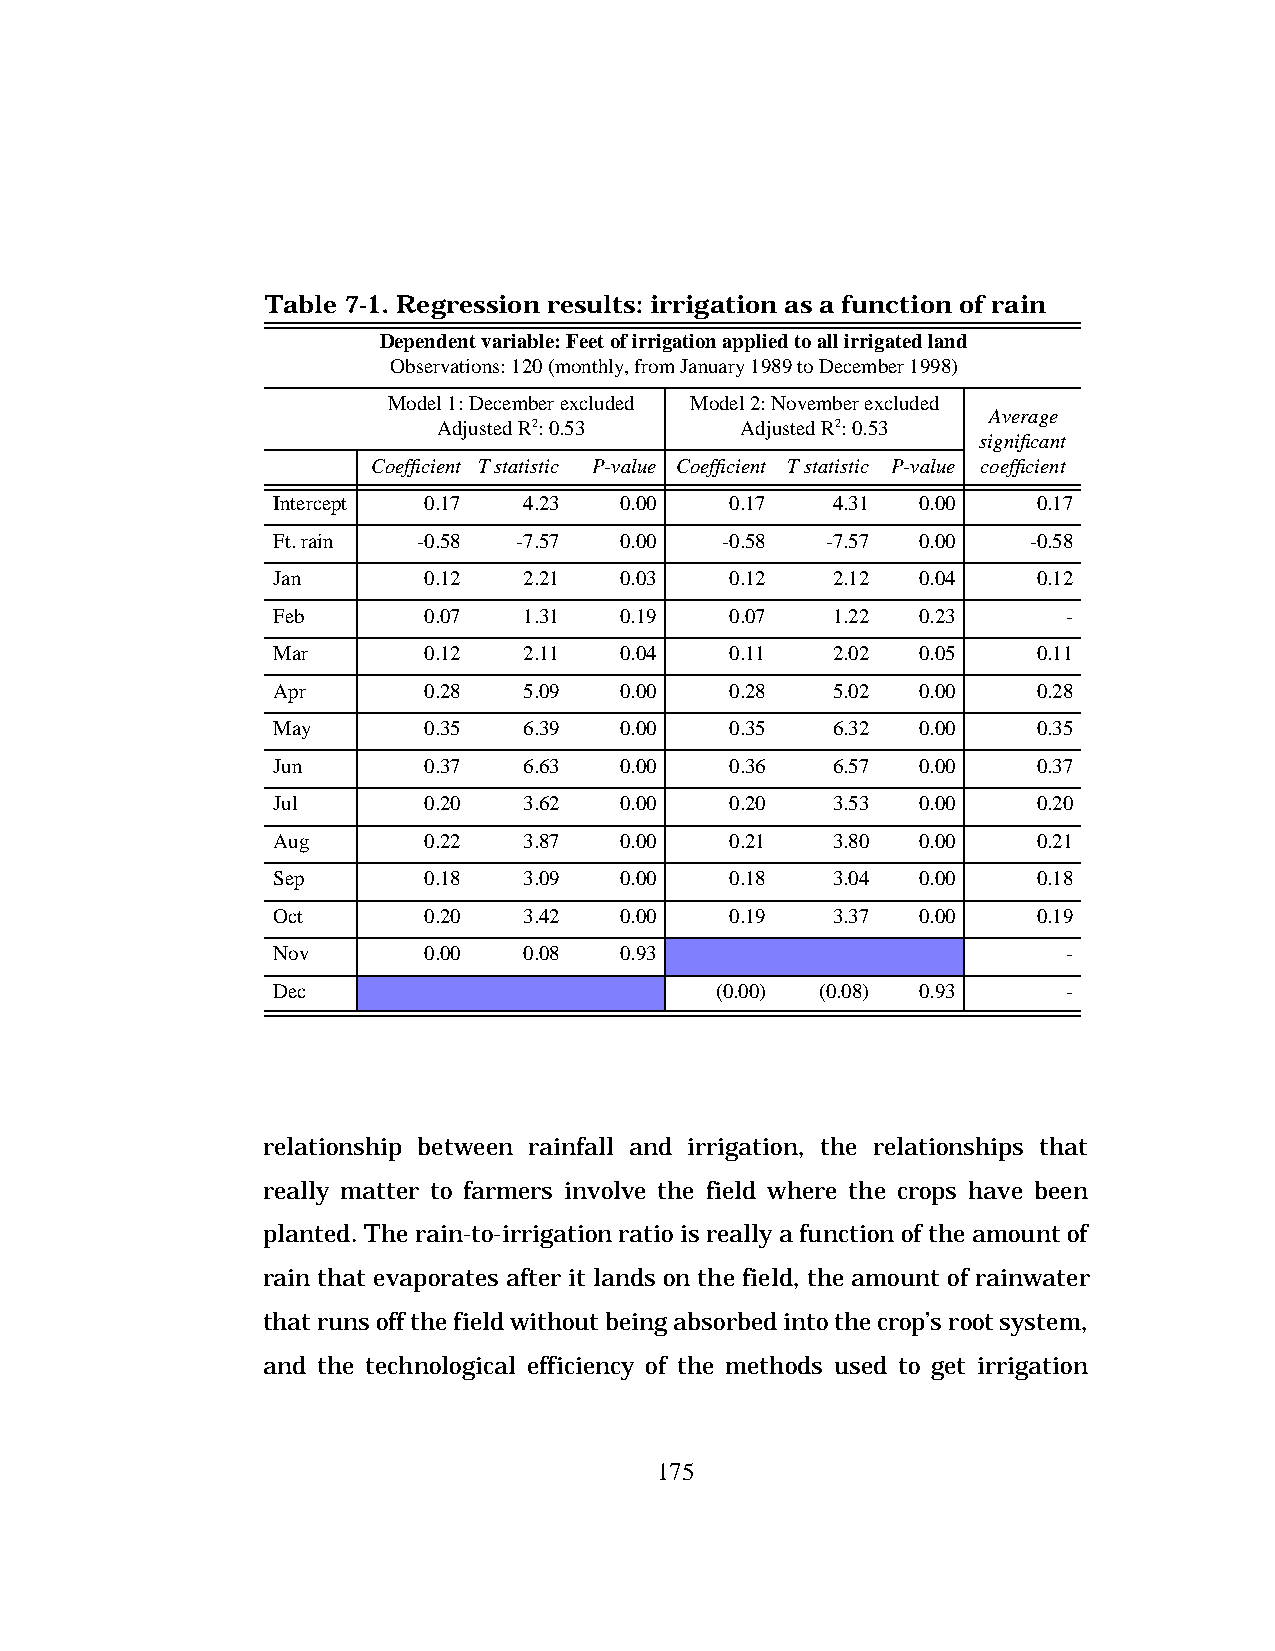
Table 7-1. Regression results: irrigation as a function of rain
 Dependent variable: Feet of irrigation applied to all irrigated land
 Observations: 120 (monthly, from January 1989 to December 1998)
 Model 1: December excluded Model 2: November excluded
 Average
 Adjusted R2: 0.53   Adjusted R2: 0.53
 significant
 Coefficient T statistic P-value Coefficient T statistic P-value coefficient
 Intercept 0.17   4.23  0.00   0.17   4.31  0.00    0.17
 Ft. rain  -0.58 -7.57  0.00   -0.58  -7.57 0.00   -0.58
 Jan       0.12   2.21  0.03   0.12   2.12  0.04    0.12
 Feb       0.07   1.31  0.19   0.07   1.22  0.23      -
 Mar       0.12   2.11  0.04   0.11   2.02  0.05    0.11
 Apr       0.28   5.09  0.00   0.28   5.02  0.00    0.28
 May       0.35   6.39  0.00   0.35   6.32  0.00    0.35
 Jun       0.37   6.63  0.00   0.36   6.57  0.00    0.37
 Jul       0.20   3.62  0.00   0.20   3.53  0.00    0.20
 Aug       0.22   3.87  0.00   0.21   3.80  0.00    0.21
 Sep       0.18   3.09  0.00   0.18   3.04  0.00    0.18
 Oct       0.20   3.42  0.00   0.19   3.37  0.00    0.19
 Nov       0.00   0.08  0.93                          -
 Dec                          (0.00) (0.08) 0.93      -
 relationship between rainfall and irrigation, the relationships that
 really matter to farmers involve the field where the crops have been
 planted. The rain-to-irrigation ratio is really a function of the amount of
 rain that evaporates after it lands on the field, the amount of rainwater
 that runs off the field without being absorbed into the crop’s root system,
 and the technological efficiency of the methods used to get irrigation
 175